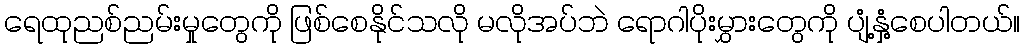
ရေထုညစ်ညမ်းမှုတွေကို ဖြစ်စေနိုင်သလို မလိုအပ်ဘဲ ရောဂါပိုးမွှားတွေကို ပျံ့နှံ့စေပါတယ်။